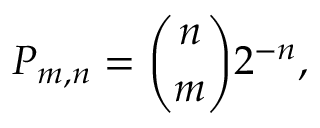
P _ { m , n } = { \binom { n } { m } } 2 ^ { - n } ,